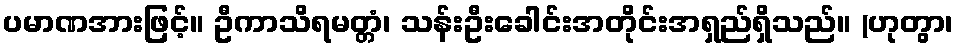
ပမာဏအားဖြင့်။ ဦကာသိရမတ္တံ၊ သန်းဦးခေါင်းအတိုင်းအရှည်ရှိသည်။ (ဟုတွာ၊